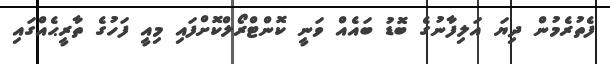
ފެތުރެމުން ދިޔަ އަލިފާނުގެ ބޮޑު ބައެއް ވަނީ ކޮންޓްރޯލްކޮށްފައި މިއީ ފަހުގެ ތާރީޙެއްގައި